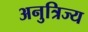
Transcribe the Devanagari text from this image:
अनुत्रिज्य